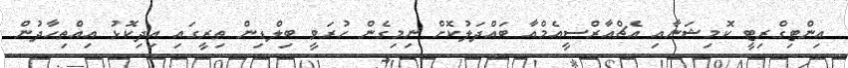
އިންޓިގްރިޓީ ކޮމިޝަނާއި އެޗްއާރްސީއެމްއާ ބައްދަލުކޮށް ނިމިގެން ހުރަވީ ބިލްޑިން ތިރީގައި އިދިކޮޅު އިއްތިހާދުން